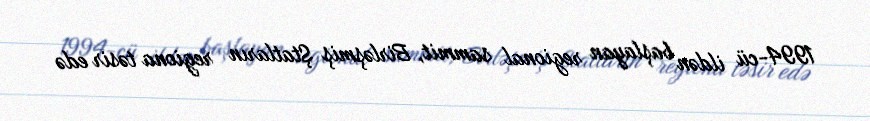
1994-cü ildən başlayan regional sammit, Birləşmiş Ştatların regiona təsir edə